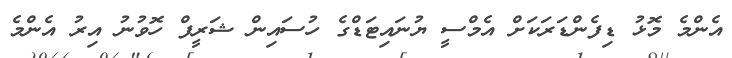
އެންމެ މޮޅު ޑިފެންޑަރަކަށް އެމްސީ ޔުނައިޓަޑްގެ ހުސައިން ޝަރީފް ހޮވުނު އިރު އެންމެ